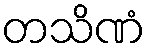
တသိဏံ